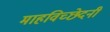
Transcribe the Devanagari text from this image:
माहविच्छेदनी